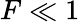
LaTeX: F\ll 1